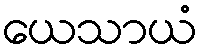
ယေသာယံ